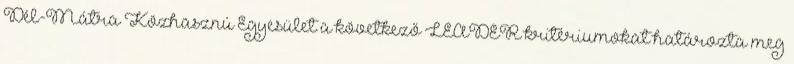
Dél-Mátra Közhasznú Egyesület a következő LEADER kritériumokat határozta meg